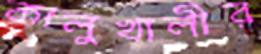
কালুখালীর